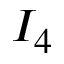
I _ { 4 }